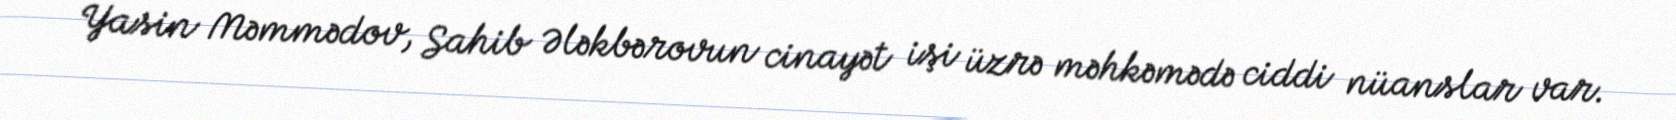
Yasin Məmmədov, Sahib Ələkbərovun cinayət işi üzrə məhkəmədə ciddi nüanslar var.